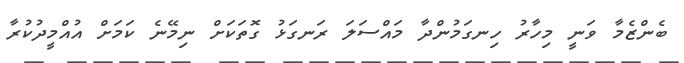
ބެންޒެމާ ވަނީ މިހާރު ހިނގަމުންދާ މައްސަލަ ރަނގަޅު ގޮތަކަށް ނިމޭނެ ކަމަށް އުއްމީދުކުރާ